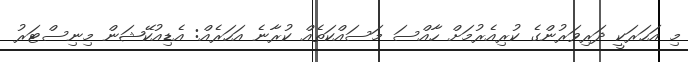
މި އަހަރަކީ ދަރިވަރުންގެ ކުރިއެރުމަށް ހާއްސަ މަސައްކަތެއް ކުރާނެ އަހަރެއް: އެޑިއުކޭޝަން މިނިސްޓަރު